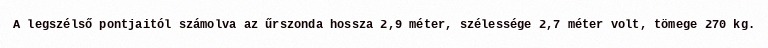
A legszélső pontjaitól számolva az űrszonda hossza 2,9 méter, szélessége 2,7 méter volt, tömege 270 kg.